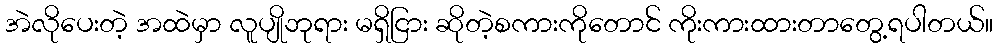
အဲလိုပေးတဲ့ အထဲမှာ လူပျိုဘုရား မရှိငြား ဆိုတဲ့စကားကိုတောင် ကိုးကားထားတာတွေ့ရပါတယ်။